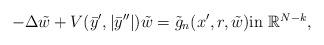
LaTeX: \begin{align*}-\Delta \tilde{w} + V(\bar{y}',|\bar{y}''|)\tilde{w} = \tilde{g}_n(x',r, \tilde{w}) \mbox{in $\mathbb{R}^{N-k}$,}\end{align*}